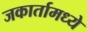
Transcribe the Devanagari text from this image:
जकार्तामध्ये